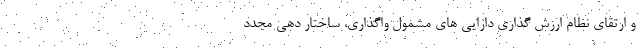
و ارتقای نظام ارزش گذاری دارایی های مشمول واگذاری، ساختار دهی مجدد